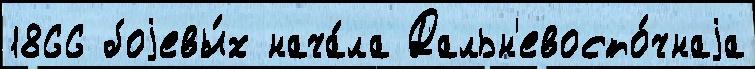
1866 боjевы́х нача́ла Дальн'евосто́чнаjа